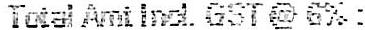
TOTAL AMT INCL GST @ 6% :